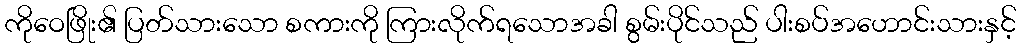
ကိုဝေဖြိုး၏ ပြတ်သားသော စကားကို ကြားလိုက်ရသောအခါ စွမ်းပိုင်သည် ပါးစပ်အဟောင်းသားနှင့်